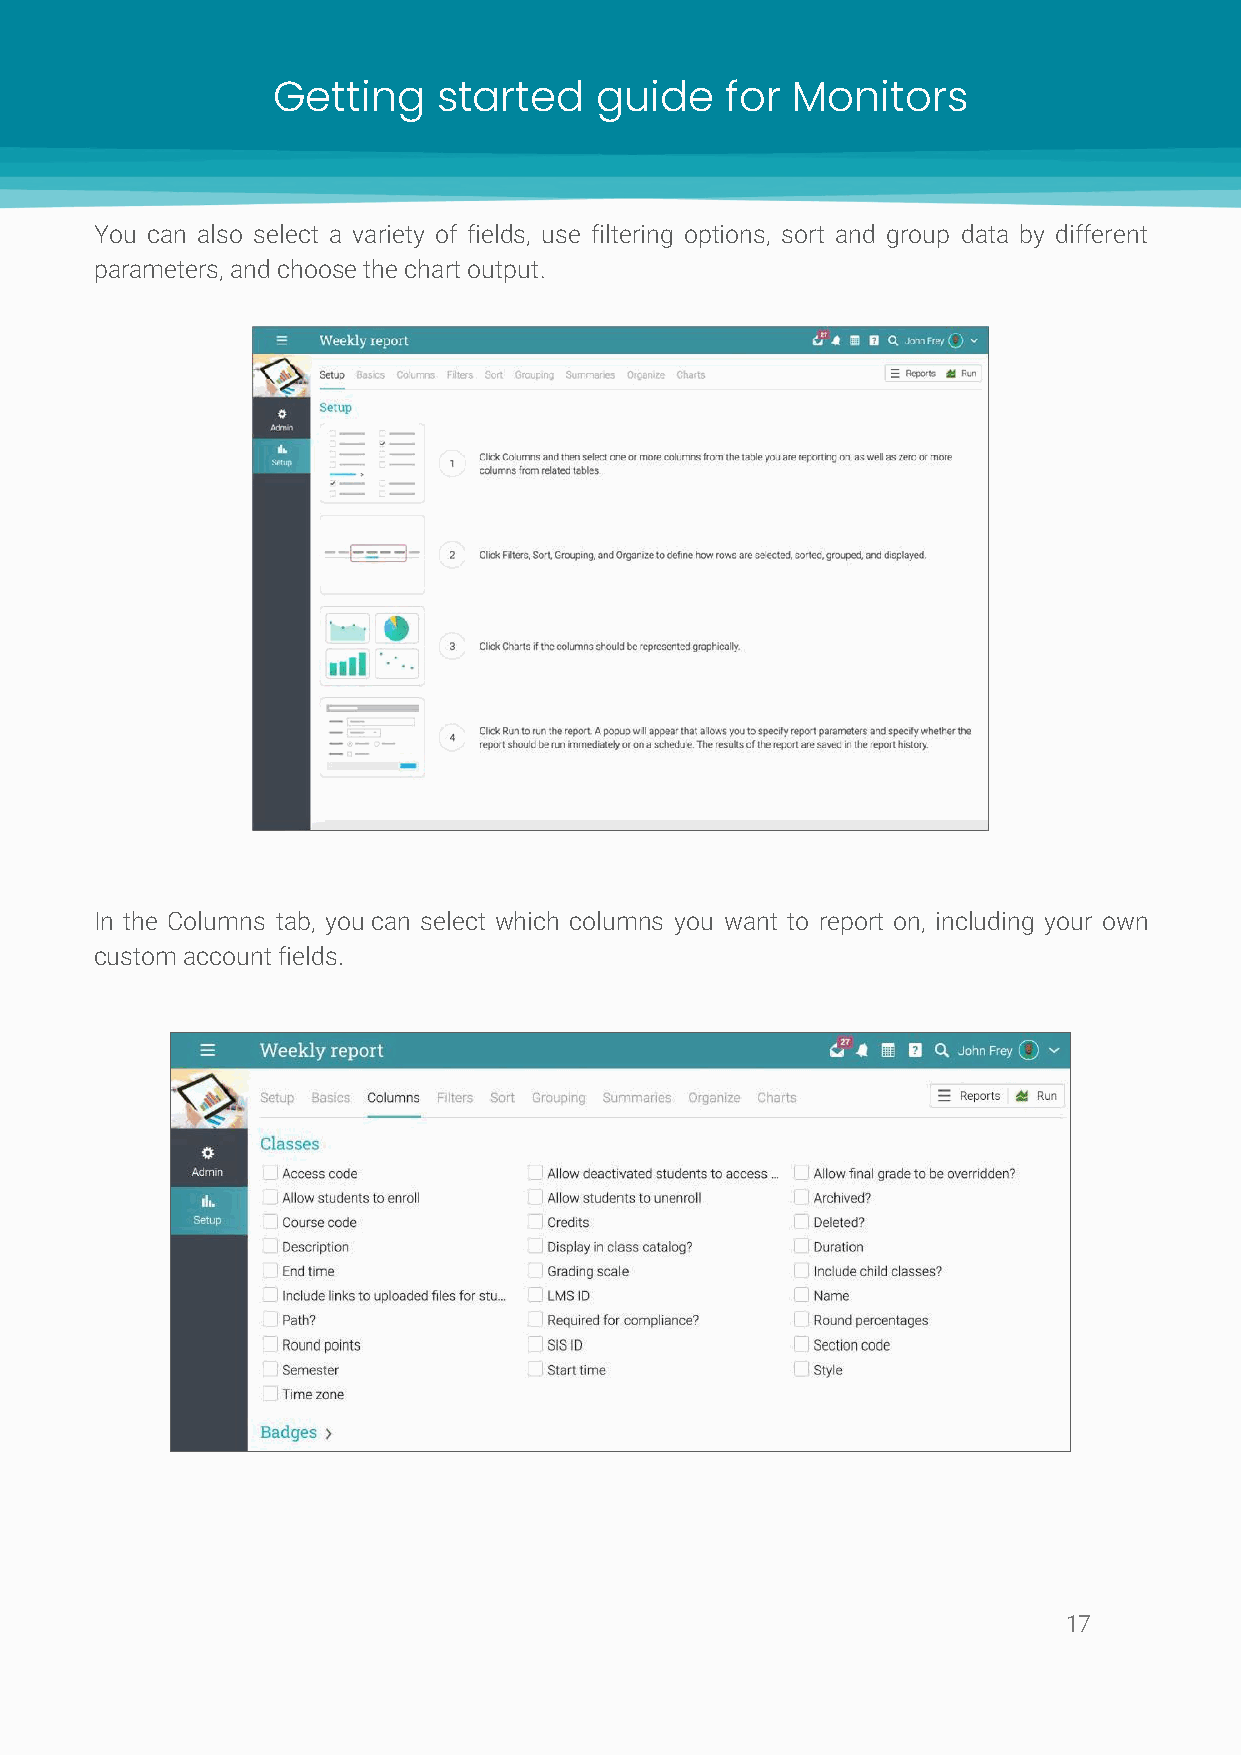
Getting    started   guide    for Monitors
 You can also select a variety of fields, use filtering options, sort and group data by different
 parameters, and choose the chart output.
 In the Columns tab, you can select which columns you want to report on, including your own
 custom account fields.
 17